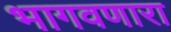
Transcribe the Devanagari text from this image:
भागवणारा